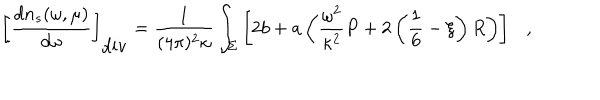
\left[ { \frac { d n _ { s } ( \omega , \mu ) } { d \omega } } \right] _ { \mathrm { d i v } } = { \frac { 1 } { ( 4 \pi ) ^ { 2 } \kappa } } \int _ { \Sigma } \left[ 2 b + a \left( { \frac { \omega ^ { 2 } } { \kappa ^ { 2 } } } P + 2 \left( \frac 1 6 - \xi \right) R \right) \right] ,